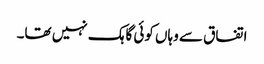
اتفاق سے وہاں کوئی گاہک نہیں تھا۔